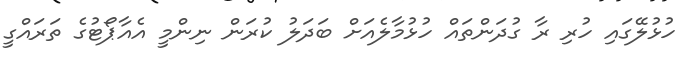
ހުޅުލޭގައި ހުރި ރާ ގުދަންތައް ހުޅުމާލެއަށް ބަދަލު ކުރަން ނިންމީ އެއާޕޯޓުގެ ތަރައްގީ